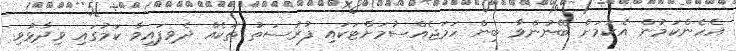
އެހެންކަމުން އެކަމަށް ބޭނުންވާ ބިން ހަމަޖެއްސުމަށްޓަކައި ފުރުސަތު ތަކެއް ދެވިފައިވާ ކަމުގައި ވިދާޅުވި